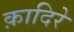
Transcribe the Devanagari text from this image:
क़ादिरे